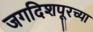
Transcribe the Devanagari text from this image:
जगदिशपूरच्या